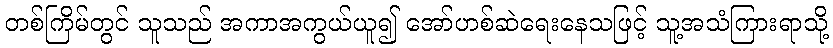
တစ်ကြိမ်တွင် သူသည် အကာအကွယ်ယူ၍ အော်ဟစ်ဆဲရေးနေသဖြင့် သူ့အသံကြားရာသို့